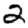
Digit: 2